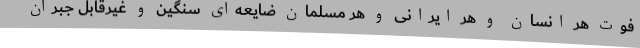
فوت هر انسان و هر ایرانی و هر مسلمان ضایعه‌ای سنگین و غیرقابل جبران